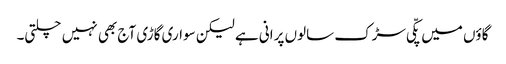
گاؤں میں پکّی سڑک سالوں پرانی ہے لیکن سواری گاڑی آج بھی نہیں چلتی۔